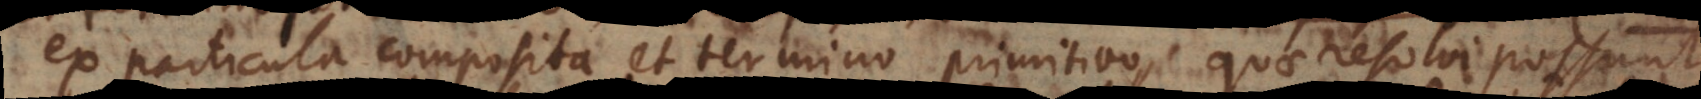
ex particula composita et termino primitivo, quae resolvi possunt